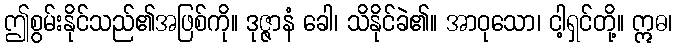
ဤစွမ်းနိုင်သည်၏အဖြစ်ကို။ ဒုဇ္ဇာနံ ခေါ၊ သိနိုင်ခဲ၏။ အာဝုသော၊ ငါ့ရှင်တို့။ ဣဓ၊